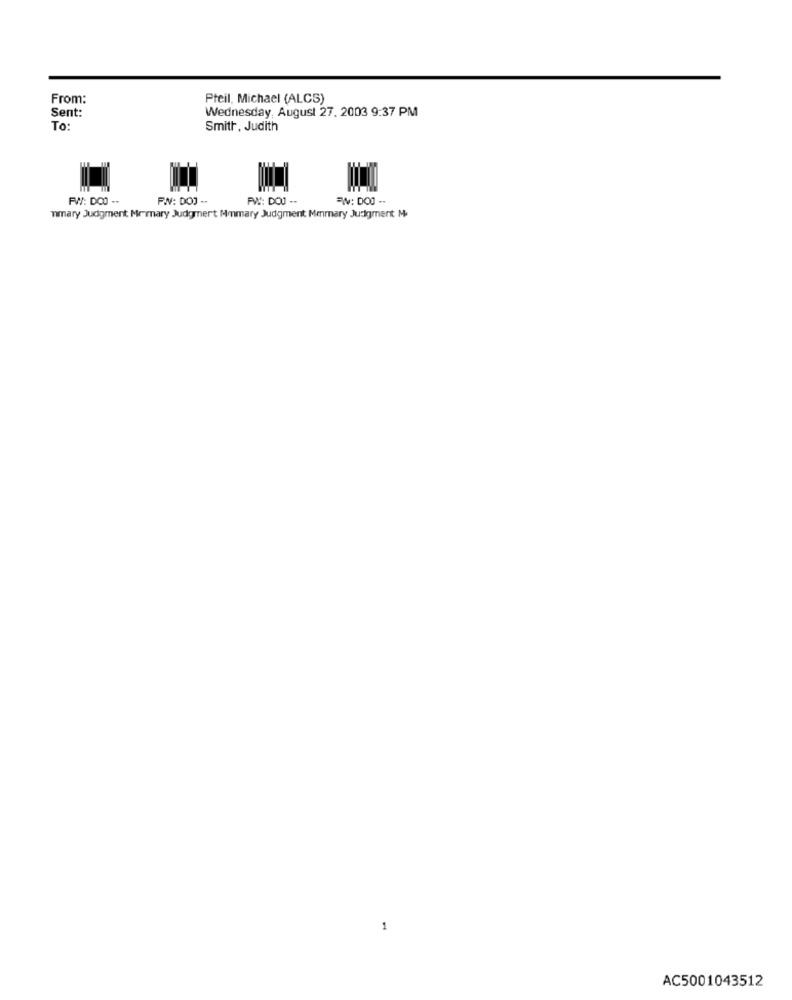
From:
Pteil, Michael (ALCS)
Sent:
Wednesday, August 27. 2003 9:37 PM
To:
Smith, Judith
FW: DOO --
FN: DOJ --
PW: DOJ --
=W: DOO --
mmary Judgment Memary Judgment Mmmary Judgment Menmary Judgment M.
AC5001043512